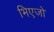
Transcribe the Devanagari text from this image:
भिएजो